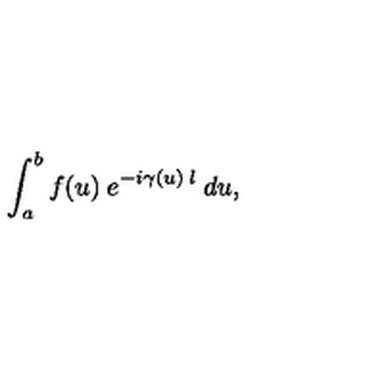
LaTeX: \int _ { a } ^ { b } f ( u ) \: e ^ { - i \gamma ( u ) \: l } \: d u ,